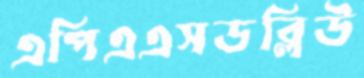
এপিএএসডব্লিউ